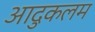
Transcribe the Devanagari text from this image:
आदुकलम